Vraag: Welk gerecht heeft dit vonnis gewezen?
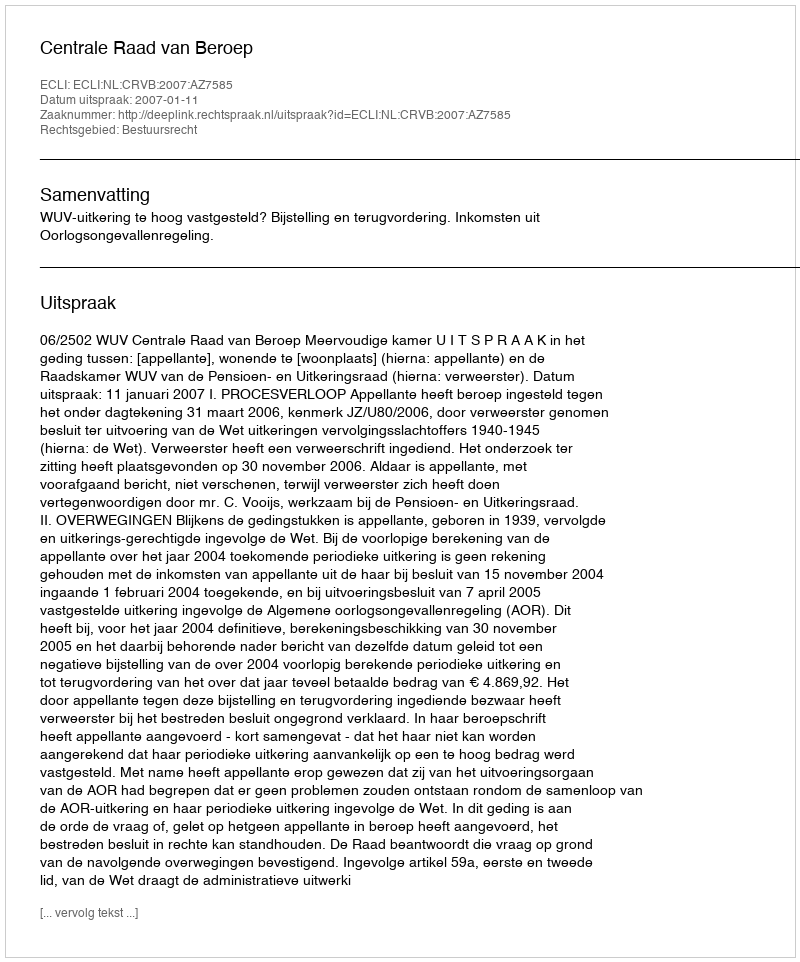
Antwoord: Centrale Raad van Beroep